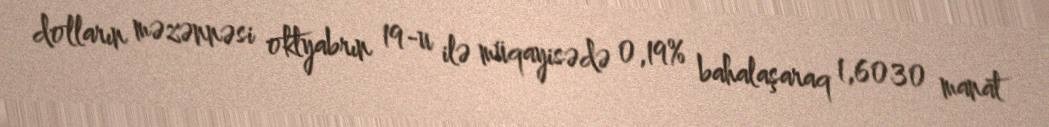
dolların məzənnəsi oktyabrın 19-u ilə müqayisədə 0,19% bahalaşaraq 1,6030 manat